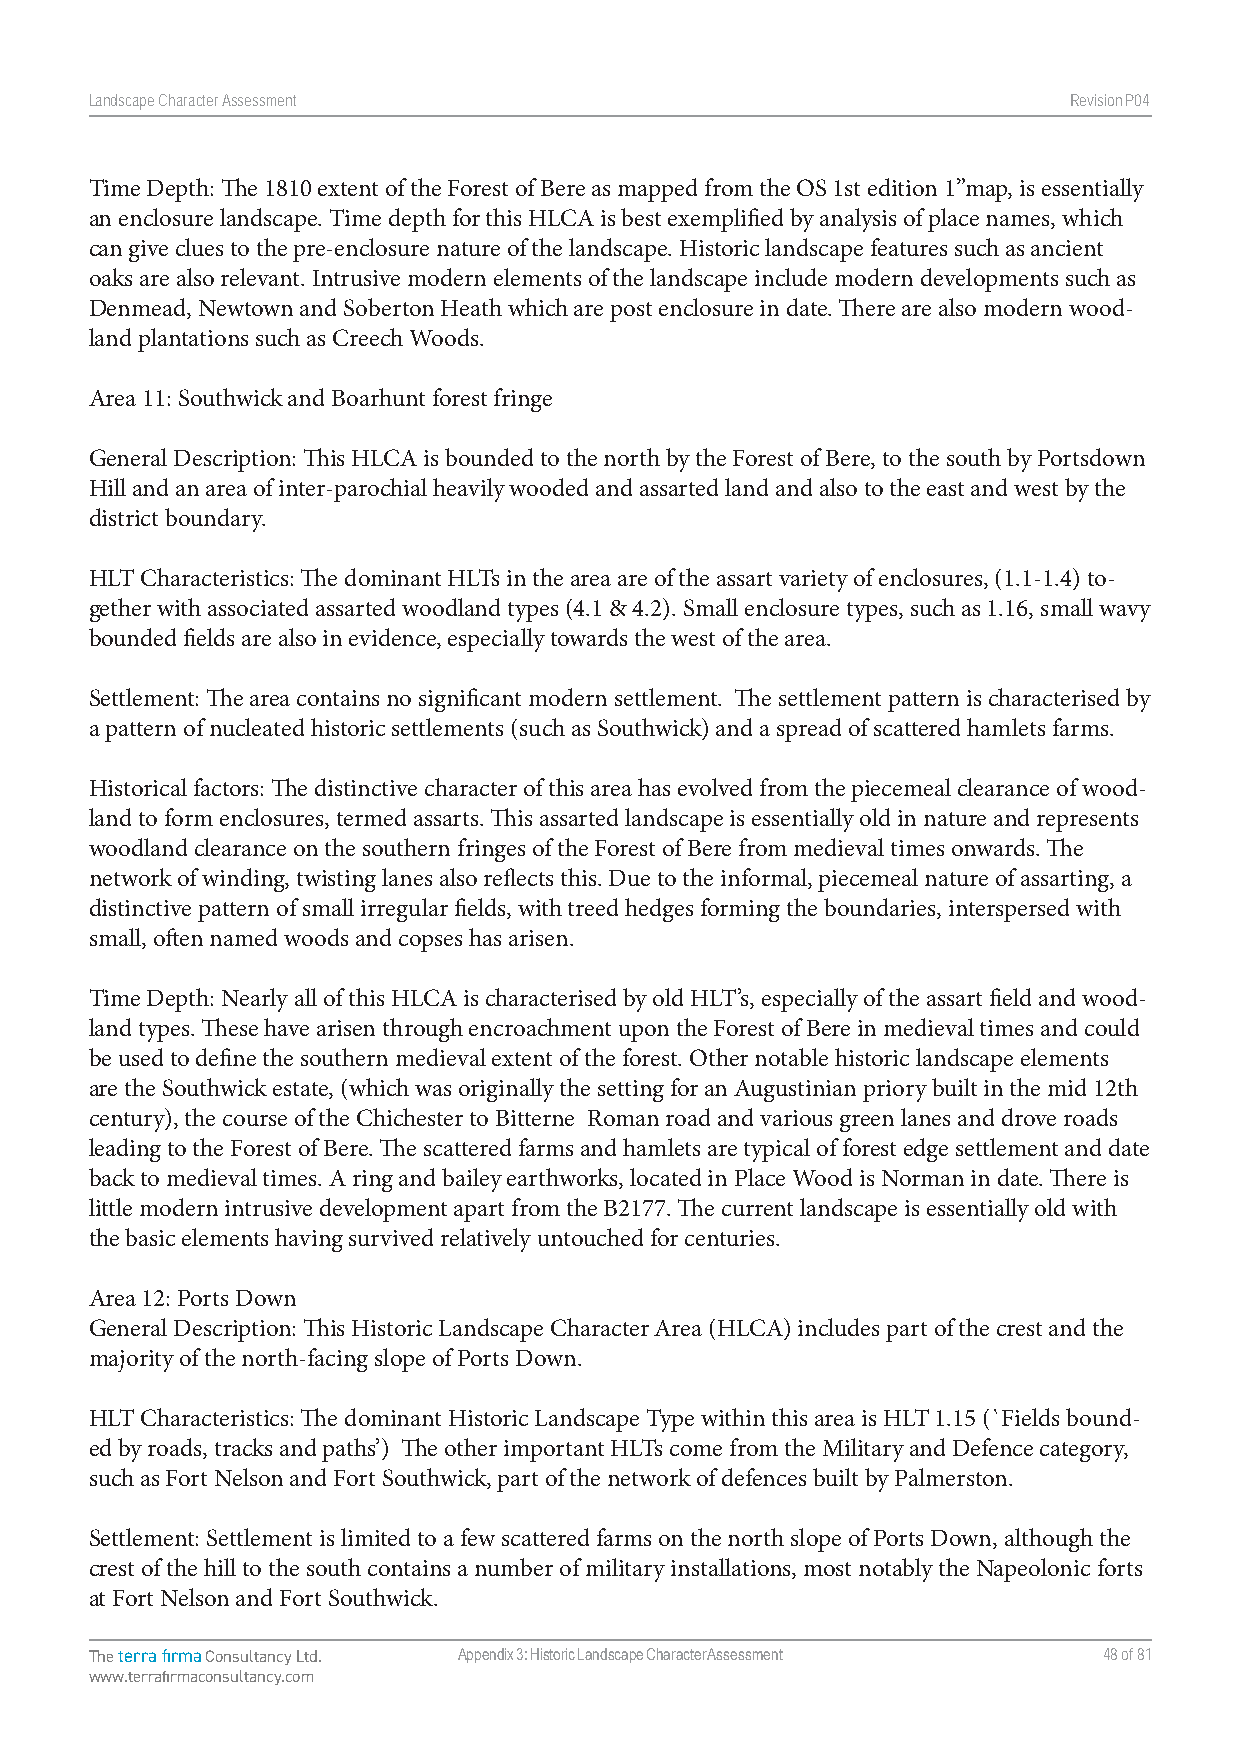
Landscape Character Assessment                                   RevisionP047
 Time Depth: The 1810 extent of the Forest of Bere as mapped from the OS 1st edition 1”map, is essentially
 an enclosure landscape. Time depth for this HLCA is best exemplified by analysis of place names, which
 can give clues to the pre-enclosure nature of the landscape. Historic landscape features such as ancient
 oaks are also relevant. Intrusive modern elements of the landscape include modern developments such as
 Denmead, Newtown and Soberton Heath which are post enclosure in date. There are also modern wood-
 land plantations such as Creech Woods.
 Area 11: Southwick and Boarhunt forest fringe
 General Description: This HLCA is bounded to the north by the Forest of Bere, to the south by Portsdown
 Hill and an area of inter-parochial heavily wooded and assarted land and also to the east and west by the
 district boundary.
 HLT Characteristics: The dominant HLTs in the area are of the assart variety of enclosures, (1.1-1.4) to-
 gether with associated assarted woodland types (4.1 & 4.2). Small enclosure types, such as 1.16, small wavy
 bounded fields are also in evidence, especially towards the west of the area.
 Settlement: The area contains no significant modern settlement. The settlement pattern is characterised by
 a pattern of nucleated historic settlements (such as Southwick) and a spread of scattered hamlets farms.
 Historical factors: The distinctive character of this area has evolved from the piecemeal clearance of wood-
 land to form enclosures, termed assarts. This assarted landscape is essentially old in nature and represents
 woodland clearance on the southern fringes of the Forest of Bere from medieval times onwards. The
 network of winding, twisting lanes also reflects this. Due to the informal, piecemeal nature of assarting, a
 distinctive pattern of small irregular fields, with treed hedges forming the boundaries, interspersed with
 small, often named woods and copses has arisen.
 Time Depth: Nearly all of this HLCA is characterised by old HLT’s, especially of the assart field and wood-
 land types. These have arisen through encroachment upon the Forest of Bere in medieval times and could
 be used to define the southern medieval extent of the forest. Other notable historic landscape elements
 are the Southwick estate, (which was originally the setting for an Augustinian priory built in the mid 12th
 century), the course of the Chichester to Bitterne Roman road and various green lanes and drove roads
 leading to the Forest of Bere. The scattered farms and hamlets are typical of forest edge settlement and date
 back to medieval times. A ring and bailey earthworks, located in Place Wood is Norman in date. There is
 little modern intrusive development apart from the B2177. The current landscape is essentially old with
 the basic elements having survived relatively untouched for centuries.
 Area 12: Ports Down
 General Description: This Historic Landscape Character Area (HLCA) includes part of the crest and the
 majority of the north-facing slope of Ports Down.
 HLT Characteristics: The dominant Historic Landscape Type within this area is HLT 1.15 (`Fields bound-
 ed by roads, tracks and paths’) The other important HLTs come from the Military and Defence category,
 such as Fort Nelson and Fort Southwick, part of the network of defences built by Palmerston.
 Settlement: Settlement is limited to a few scattered farms on the north slope of Ports Down, although the
 crest of the hill to the south contains a number of military installations, most notably the Napeolonic forts
 at Fort Nelson and Fort Southwick.
 The terra firma Consultancy Ltd. Appendix 3: Historic Landscape Character Assessment 48 of 81
 www.terrafirmaconsultancy.com